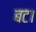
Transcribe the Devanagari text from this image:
बट।